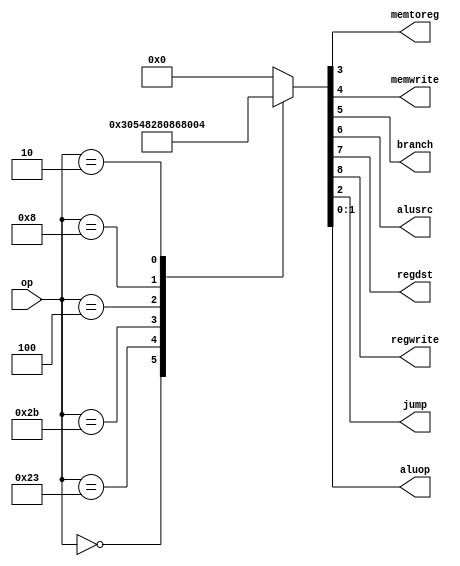
`timescale 1ns / 1ps
//////////////////////////////////////////////////////////////////////////////////
// Company: 
// Engineer: 
// 
// Design Name: 
// Module Name: maindec
// Project Name: 
// Target Devices: 
// Tool Versions: 
// Description: 
// 
// Dependencies: 
// 
// Revision:
// Revision 0.01 - File Created
// Additional Comments:
// 
//////////////////////////////////////////////////////////////////////////////////


module maindec(
    input wire [5:0] op,
    output memtoreg,
    output memwrite,
    output branch,alusrc,
    output regdst,regwrite,
    output jump,
    output [1:0] aluop
    );
    reg [8:0] control;
    assign {regwrite,regdst,alusrc,branch,memwrite,memtoreg,jump,aluop}=control;
    always @ (*)
    case(op)
    6'b000000: control <= 9'b110000010; //RTYPE
    6'b100011: control <= 9'b101001000; //LW
    6'b101011: control <= 9'b001010000; //SW
    6'b000100: control <= 9'b000100001; //BEQ
    6'b001000: control <= 9'b101000000; //ADDI
    6'b000010: control <= 9'b000000100; //J
    default:control<=9'b000000000;
    endcase
endmodule